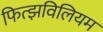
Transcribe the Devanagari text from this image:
फित्झविलियम